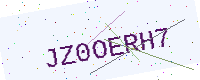
Text: JZ0OERH7